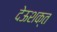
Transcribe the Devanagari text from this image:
देऊशक्त